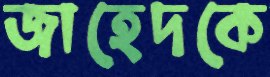
জাহেদকে